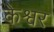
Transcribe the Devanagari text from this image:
केश्वर